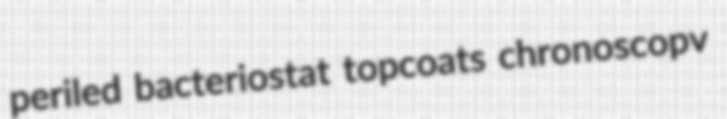
periled bacteriostat topcoats chronoscopv